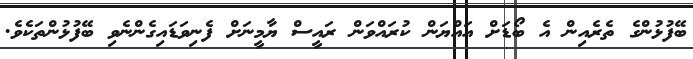
ބޭފުޅުންގެ ތެރެއިން އެ ބޯޑަށް އައްޔަން ކުރައްވަން ރައީސް ޔާމީނަށް ފެނިވަޑައިގެންނެވި ބޭފުޅުންތަކެވެ.